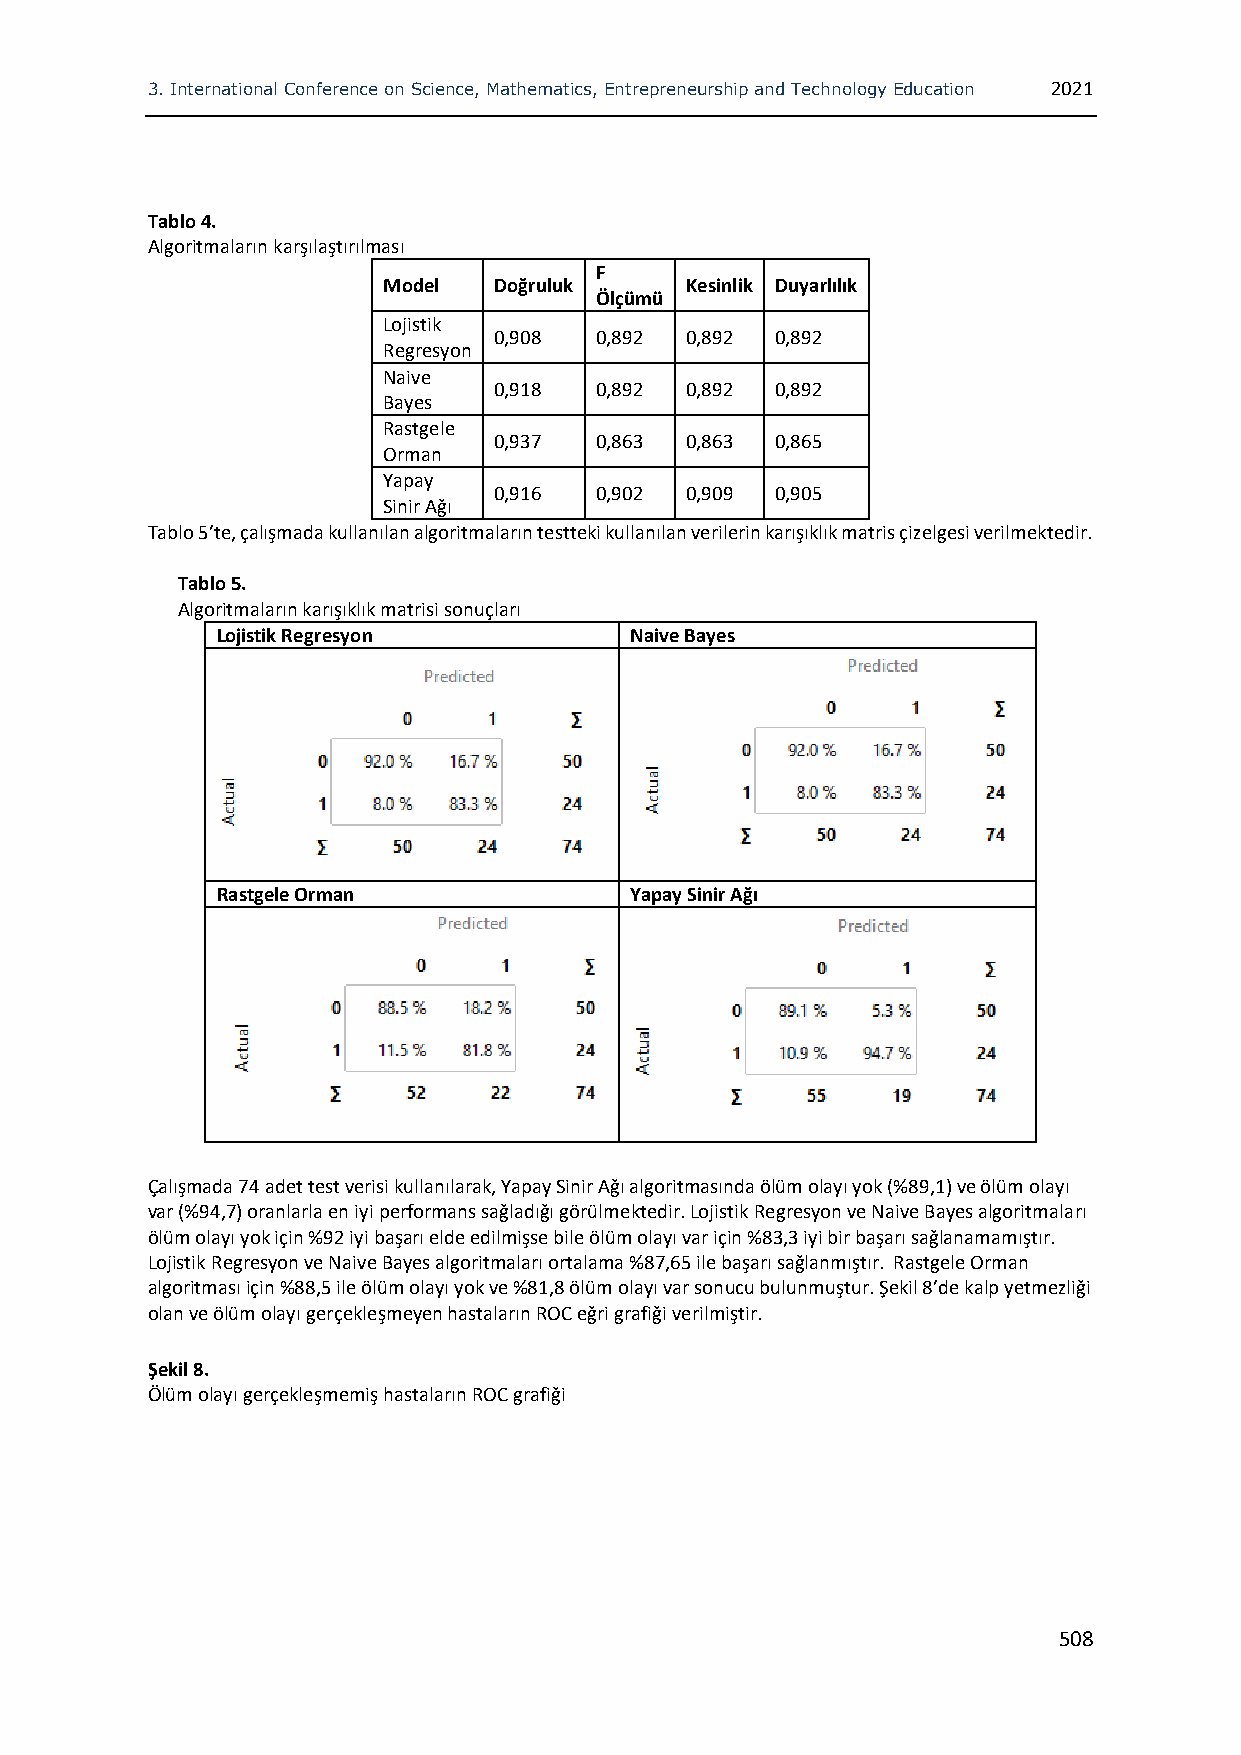
3. International Conference on Science, Mathematics, Entrepreneurship and Technology Education 2021
 Tablo 4.
 Algoritmaların karşılaştırılması
 F
 Model   Doğruluk    Kesinlik Duyarlılık
 Ölçümü
 Lojistik
 0,908 0,892 0,892 0,892
 Regresyon
 Naive
 0,918 0,892 0,892 0,892
 Bayes
 Rastgele
 0,937 0,863 0,863 0,865
 Orman
 Yapay
 0,916 0,902 0,909 0,905
 Sinir Ağı
 Tablo 5’te, çalışmada kullanılan algoritmaların testteki kullanılan verilerin karışıklık matris çizelgesi verilmektedir.
 Tablo 5.
 Algoritmaların karışıklık matrisi sonuçları
 Lojistik Regresyon          Naive Bayes
 Rastgele Orman              Yapay Sinir Ağı
 Çalışmada 74 adet test verisi kullanılarak, Yapay Sinir Ağı algoritmasında ölüm olayı yok (%89,1) ve ölüm olayı
 var (%94,7) oranlarla en iyi performans sağladığı görülmektedir. Lojistik Regresyon ve Naive Bayes algoritmaları
 ölüm olayı yok için %92 iyi başarı elde edilmişse bile ölüm olayı var için %83,3 iyi bir başarı sağlanamamıştır.
 Lojistik Regresyon ve Naive Bayes algoritmaları ortalama %87,65 ile başarı sağlanmıştır. Rastgele Orman
 algoritması için %88,5 ile ölüm olayı yok ve %81,8 ölüm olayı var sonucu bulunmuştur. Şekil 8’de kalp yetmezliği
 olan ve ölüm olayı gerçekleşmeyen hastaların ROC eğri grafiği verilmiştir.
 Şekil 8.
 Ölüm olayı gerçekleşmemiş hastaların ROC grafiği
 508